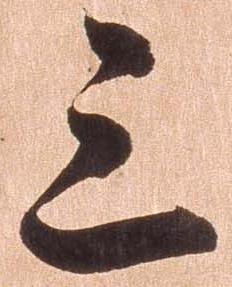
三